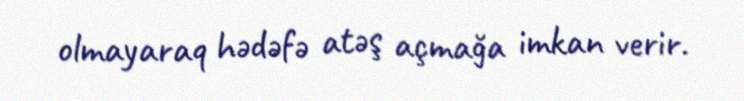
olmayaraq hədəfə atəş açmağa imkan verir.